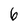
Character: 6